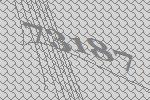
73187